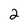
Character: 2